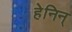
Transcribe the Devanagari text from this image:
हेनिन्